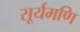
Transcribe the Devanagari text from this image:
सूर्यमणि